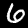
Label: 6